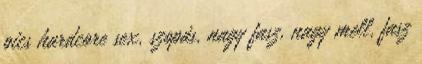
pics hardcore sex, szopás, nagy fasz, nagy mell, fasz